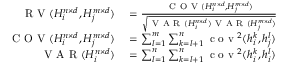
\begin{array} { r l } { \mathrm { ~ R ~ V ~ } ( H _ { i } ^ { n \times d } , H _ { j } ^ { m \times d } ) } & { { } = \frac { \mathrm { ~ C ~ O ~ V ~ } ( H _ { i } ^ { n \times d } , H _ { j } ^ { m \times d } ) } { \sqrt { \mathrm { ~ V ~ A ~ R ~ } ( H _ { i } ^ { n \times d } ) \mathrm { ~ V ~ A ~ R ~ } ( H _ { j } ^ { m \times d } ) } } } \\ { \mathrm { ~ C ~ O ~ V ~ } ( H _ { i } ^ { n \times d } , H _ { j } ^ { m \times d } ) } & { { } = \sum _ { l = 1 } ^ { m } \sum _ { k = l + 1 } ^ { n } \mathrm { ~ c ~ o ~ v ~ } ^ { 2 } ( h _ { i } ^ { k } , h _ { j } ^ { l } ) } \\ { \mathrm { ~ V ~ A ~ R ~ } ( H _ { i } ^ { n \times d } ) } & { { } = \sum _ { l = 1 } ^ { n } \sum _ { k = l + 1 } ^ { n } \mathrm { ~ c ~ o ~ v ~ } ^ { 2 } ( h _ { i } ^ { k } , h _ { i } ^ { l } ) } \end{array}